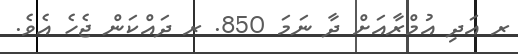
ރ އަދި އުމްރާއަށް ދާ ނަމަ 850. ރ ދައްކަން ޖެހެ އެވެ.